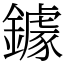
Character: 鐻